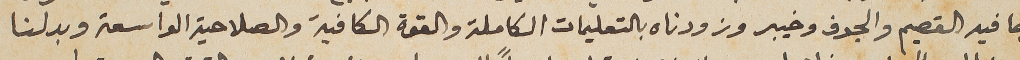
بما فيه القصيم والجوف وخيبر وزودناه بالتعليمات الكاملة والقوة الكافية والصلاحية الواسعة وبدلنا